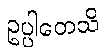
ဥပ္ပါတေသိ